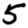
Digit: 5